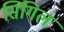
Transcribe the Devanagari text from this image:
सिंगिल